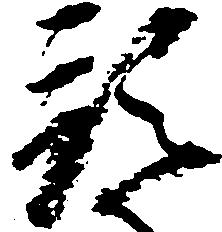
預